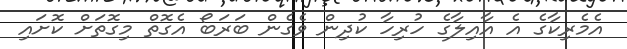
އެމެރިކާގެ އެ އާއިލާގެ ހުރިހާ ކުދިން ވެގެން ބަރަބޯ އެގޮތް މިގޮތަށް ކޮށައި